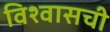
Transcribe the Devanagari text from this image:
विश्वासची